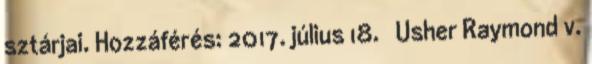
sztárjai. Hozzáférés: 2017. július 18. ↑ Usher Raymond v.